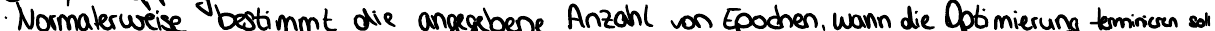
Normalerweise bestimmt die angegebene Anzahl von Epochen, wann die Optimierung terminieren soll